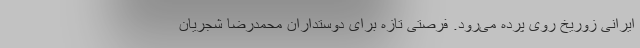
ایرانی زوریخ روی پرده می‌رود. فرصتی تازه برای دوستداران محمدرضا شجریان